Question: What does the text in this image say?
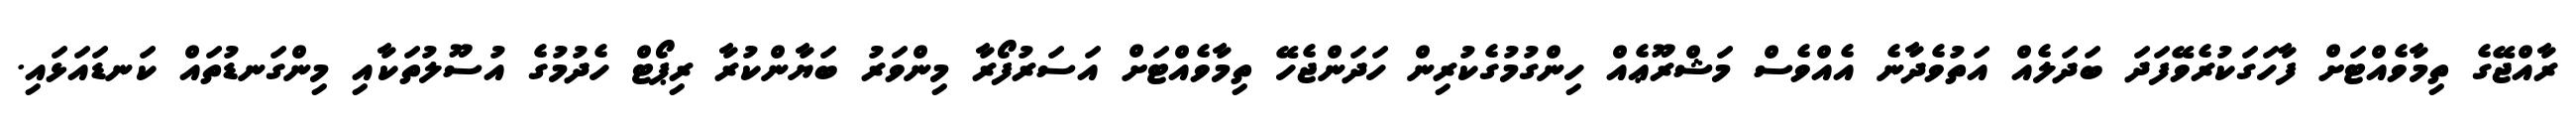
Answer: ރާއްޖޭގެ ތިމާވެއްޓަށް ފާހަގަކުރެވޭފަދަ ބަދަލެއް އަތުވެދާނެ އެއްވެސް މަޝްރޫޢެއް ހިންގުމުގެކުރިން ހަދަންޖެހޭ ތިމާވެއްޓަށް އަސަރުފޯރާ މިންވަރު ބަޔާންކުރާ ރިޕޯޓް ހެދުމުގެ އުސޫލުތަކާއި މިންގަނޑުތައް ކަނޑައަޅައި.